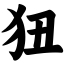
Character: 狃